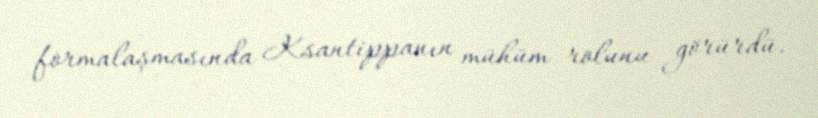
formalaşmasında Ksantippanın mühüm rolunu görürdü.